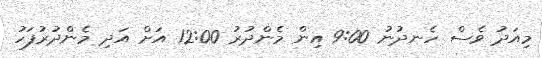
މިއަދު ވެސް ހެނދުނު 9:00 އިން މެންދުރު 12:00 އަށް އަދި މެންދުރުފަހު